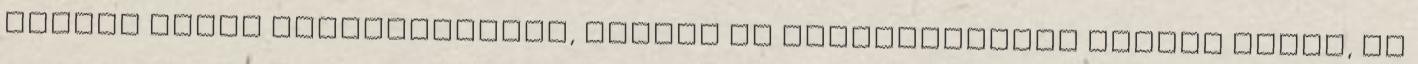
hosszú időre megszabadulni, Zsuzsa is kellemetlenül érzete magát, de